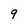
Character: 9